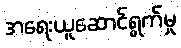
အရေးယူဆောင်ရွက်မှု